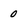
Character: 0